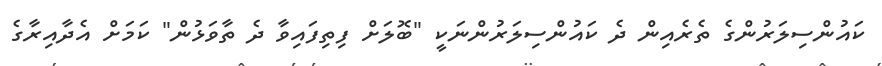
ކައުންސިލަރުންގެ ތެރެއިން ދެ ކައުންސިލަރުންނަކީ "ބޮލަށް ފިތިފައިވާ ދެ ތާވަޅުން" ކަމަށް އެދާއިރާގެ